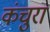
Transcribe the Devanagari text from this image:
कंचुरा